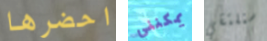
احضرها يمكنني سنلتقي